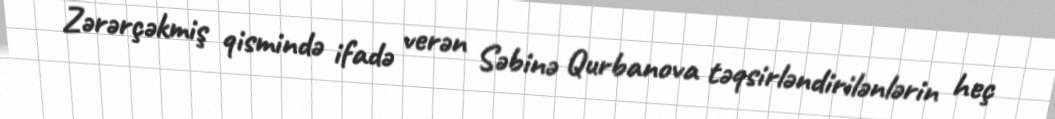
Zərərçəkmiş qismində ifadə verən Səbinə Qurbanova təqsirləndirilənlərin heç